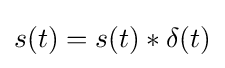
s(t)=s(t)*\delta (t)